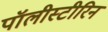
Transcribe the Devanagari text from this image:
पॉलीस्टीरिन